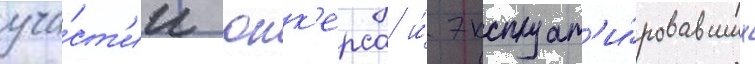
уча́ст'ии юнк'ерса и́ эксплуат'и́ровавших